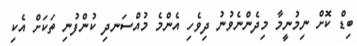
ބިޑް ކޮށް ނިމުނީމާ މިދެންނެވުނު ދިވެހި އެންމެ މުއްސަނދި ކުންފުނި ތަކަށް އެކި